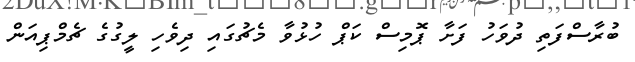
ބުރާސްފަތި ދުވަހު ފަށާ ޕޮމިސް ކަޕް ހުޅުވާ މެޗުގައި ދިވެހި ލީގުގެ ޗެމްޕިއަން